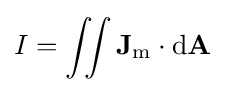
I=\iint \mathbf {J} _{\mathrm {m} }\cdot \mathrm {d} \mathbf {A}